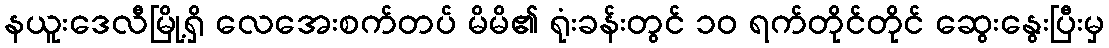
နယူးဒေလီမြို့ရှိ လေအေးစက်တပ် မိမိ၏ ရုံးခန်းတွင် ၁၀ ရက်တိုင်တိုင် ဆွေးနွေးပြီးမှ